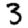
Digit: 3